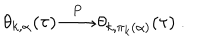
LaTeX: \theta _ { k , \alpha } ( \tau ) \stackrel { P } { \longrightarrow } \theta _ { k , \pi _ { k } ( \alpha ) } ( \tau ) ~ .